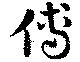
博